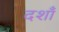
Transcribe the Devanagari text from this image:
दशाँ